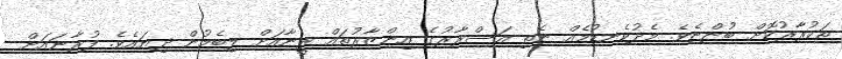
ތަކުރާރުކޮށް ބުންޏެވެ. މެދުކެނޑުމެއް ނެތި އަސްރާރުގެ އިންޒާރުތައް ރީނާއަށް ލިބެމުން ދިޔައެވެ. ފުރާނައަށް